Annual report of the Punjab Veterinary College and of the Civil Veterinary Department, Punjab - 1909-1919
Year: 1909
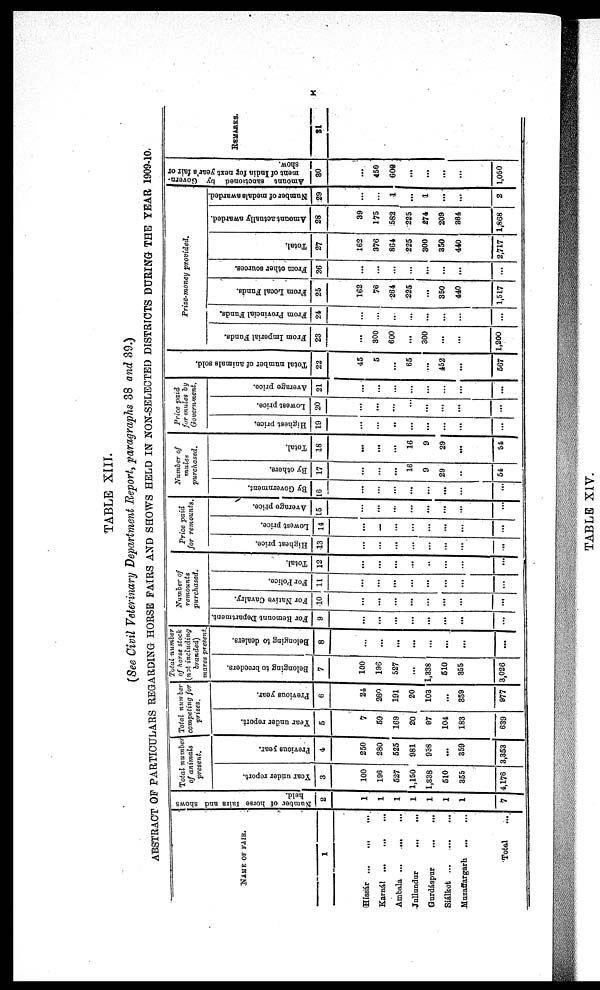
X
TABLE XIII.
(See Civil Veterinary Department Report, paragraphs 38 and 39.)
ABSTRACT OF PARTICULARS REGARDING HORSE FAIRS AND SHOWS HELD IN NON-SELECTED DISTRICTS DURING THE YEAR 1909-10.
NAME OF FAIR.
1
Hissar … … …
Karnál
…
…
…
Ambala ...
...
...
Jullundur
...
...
Gurdáspur … … …
Siálkot
…
…
…
Muzaffargarh ... ...
Total ...
Number
of horse fairs and shows
held.
2
1
1
1
1
1
1
1
7
Total number
of animals
present.
Year under report.
3
100
196
527
1,150
1,338
510
355
4,176
Previous year.
4
250
280
525
981
958
...
359
3,353
Total number
competing for
prizes.
Year under report.
5
7
59
169
20
97
104
183
639
Previous year.
6
24
280
191
20
103
...
359
977
Total number
of horse stock
(not including
branded)
mares present.
Belonging to breeders.
7
100
196
527
...
1,338
510
355
3,026
Belonging to dealers.
8
…
...
...
...
...
...
...
...
Number of
remounts
purchased.
For Remount Department.
9
…
…
…
…
…
…
…
…
For Native Cavalry.
10
…
…
…
…
…
…
…
...
For Police.
11
…
...
...
...
...
...
...
...
Total.
12
…
...
...
...
...
...
...
...
Price paid
for remounts.
Highest price.
13
…
...
...
...
...
...
...
...
Lowest price.
14
…
...
...
...
...
...
...
Average price.
15
…
…
…
…
…
…
…
...
Number of
mules
purchased.
By Government.
16
…
...
...
...
...
...
…
By others.
17
…
...
...
16
9
29
…
54
Total.
18
…
...
...
16
9
29
…
54
Price paid
for mules by
Government.
Highest price.
19
…
...
..
...
...
...
…
...
Lowest price.
20
...
...
...
...
...
...
…
...
Average price.
21
…
...
...
...
...
…
…
...
Total number of animals sold.
22
45
5
...
65
...
452
…
567
Prize-money provided.
From Imperial Funds.
23
...
300
600
...
300
...
…
1,200
From Provincial Funds.
24
…
...
..
...
...
...
…
...
From Local Funds.
25
162
76
264
225
...
350
440
1,517
From other sources.
26
…
...
...
...
...
...
…
...
Total.
27
162
376
864
225
300
350
440
2,717
Amount actually awarded.
28
39
175
582
225
274
209
364
1,868
Number of medals awarded
29
…
...
1
...
1
...
…
2
Amount sanctioned by Govern
ment of India fop next year's fair or
show.
30
…
450
600
...
...
...
…
1,050
REMARKS.
31